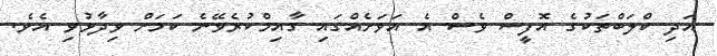
އަދި ކްލަބްތަކުގެ އޮފީސް ވެސް އެ އަވަށެއްގައި ގާއިމްކުރެވޭނެ ކަމަށް ވިދާޅުވި އެވެ.